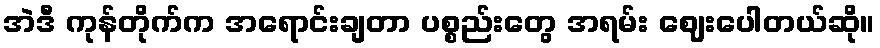
အဲဒီ ကုန်တိုက်က အရောင်းချတာ ပစ္စည်းတွေ အရမ်း ဈေးပေါတယ်ဆို။